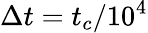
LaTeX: \Delta t=t_{c}/10^{4}